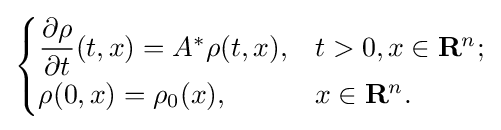
{\begin{cases}{\dfrac {\partial \rho }{\partial t}}(t,x)=A^{*}\rho (t,x),&t>0,x\in \mathbf {R} ^{n};\\\rho (0,x)=\rho _{0}(x),&x\in \mathbf {R} ^{n}.\end{cases}}